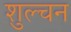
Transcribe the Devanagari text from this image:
शुल्चन